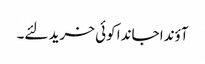
آؤندا جاندا کوئی خرید لئے۔